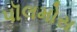
પૉલમોસ